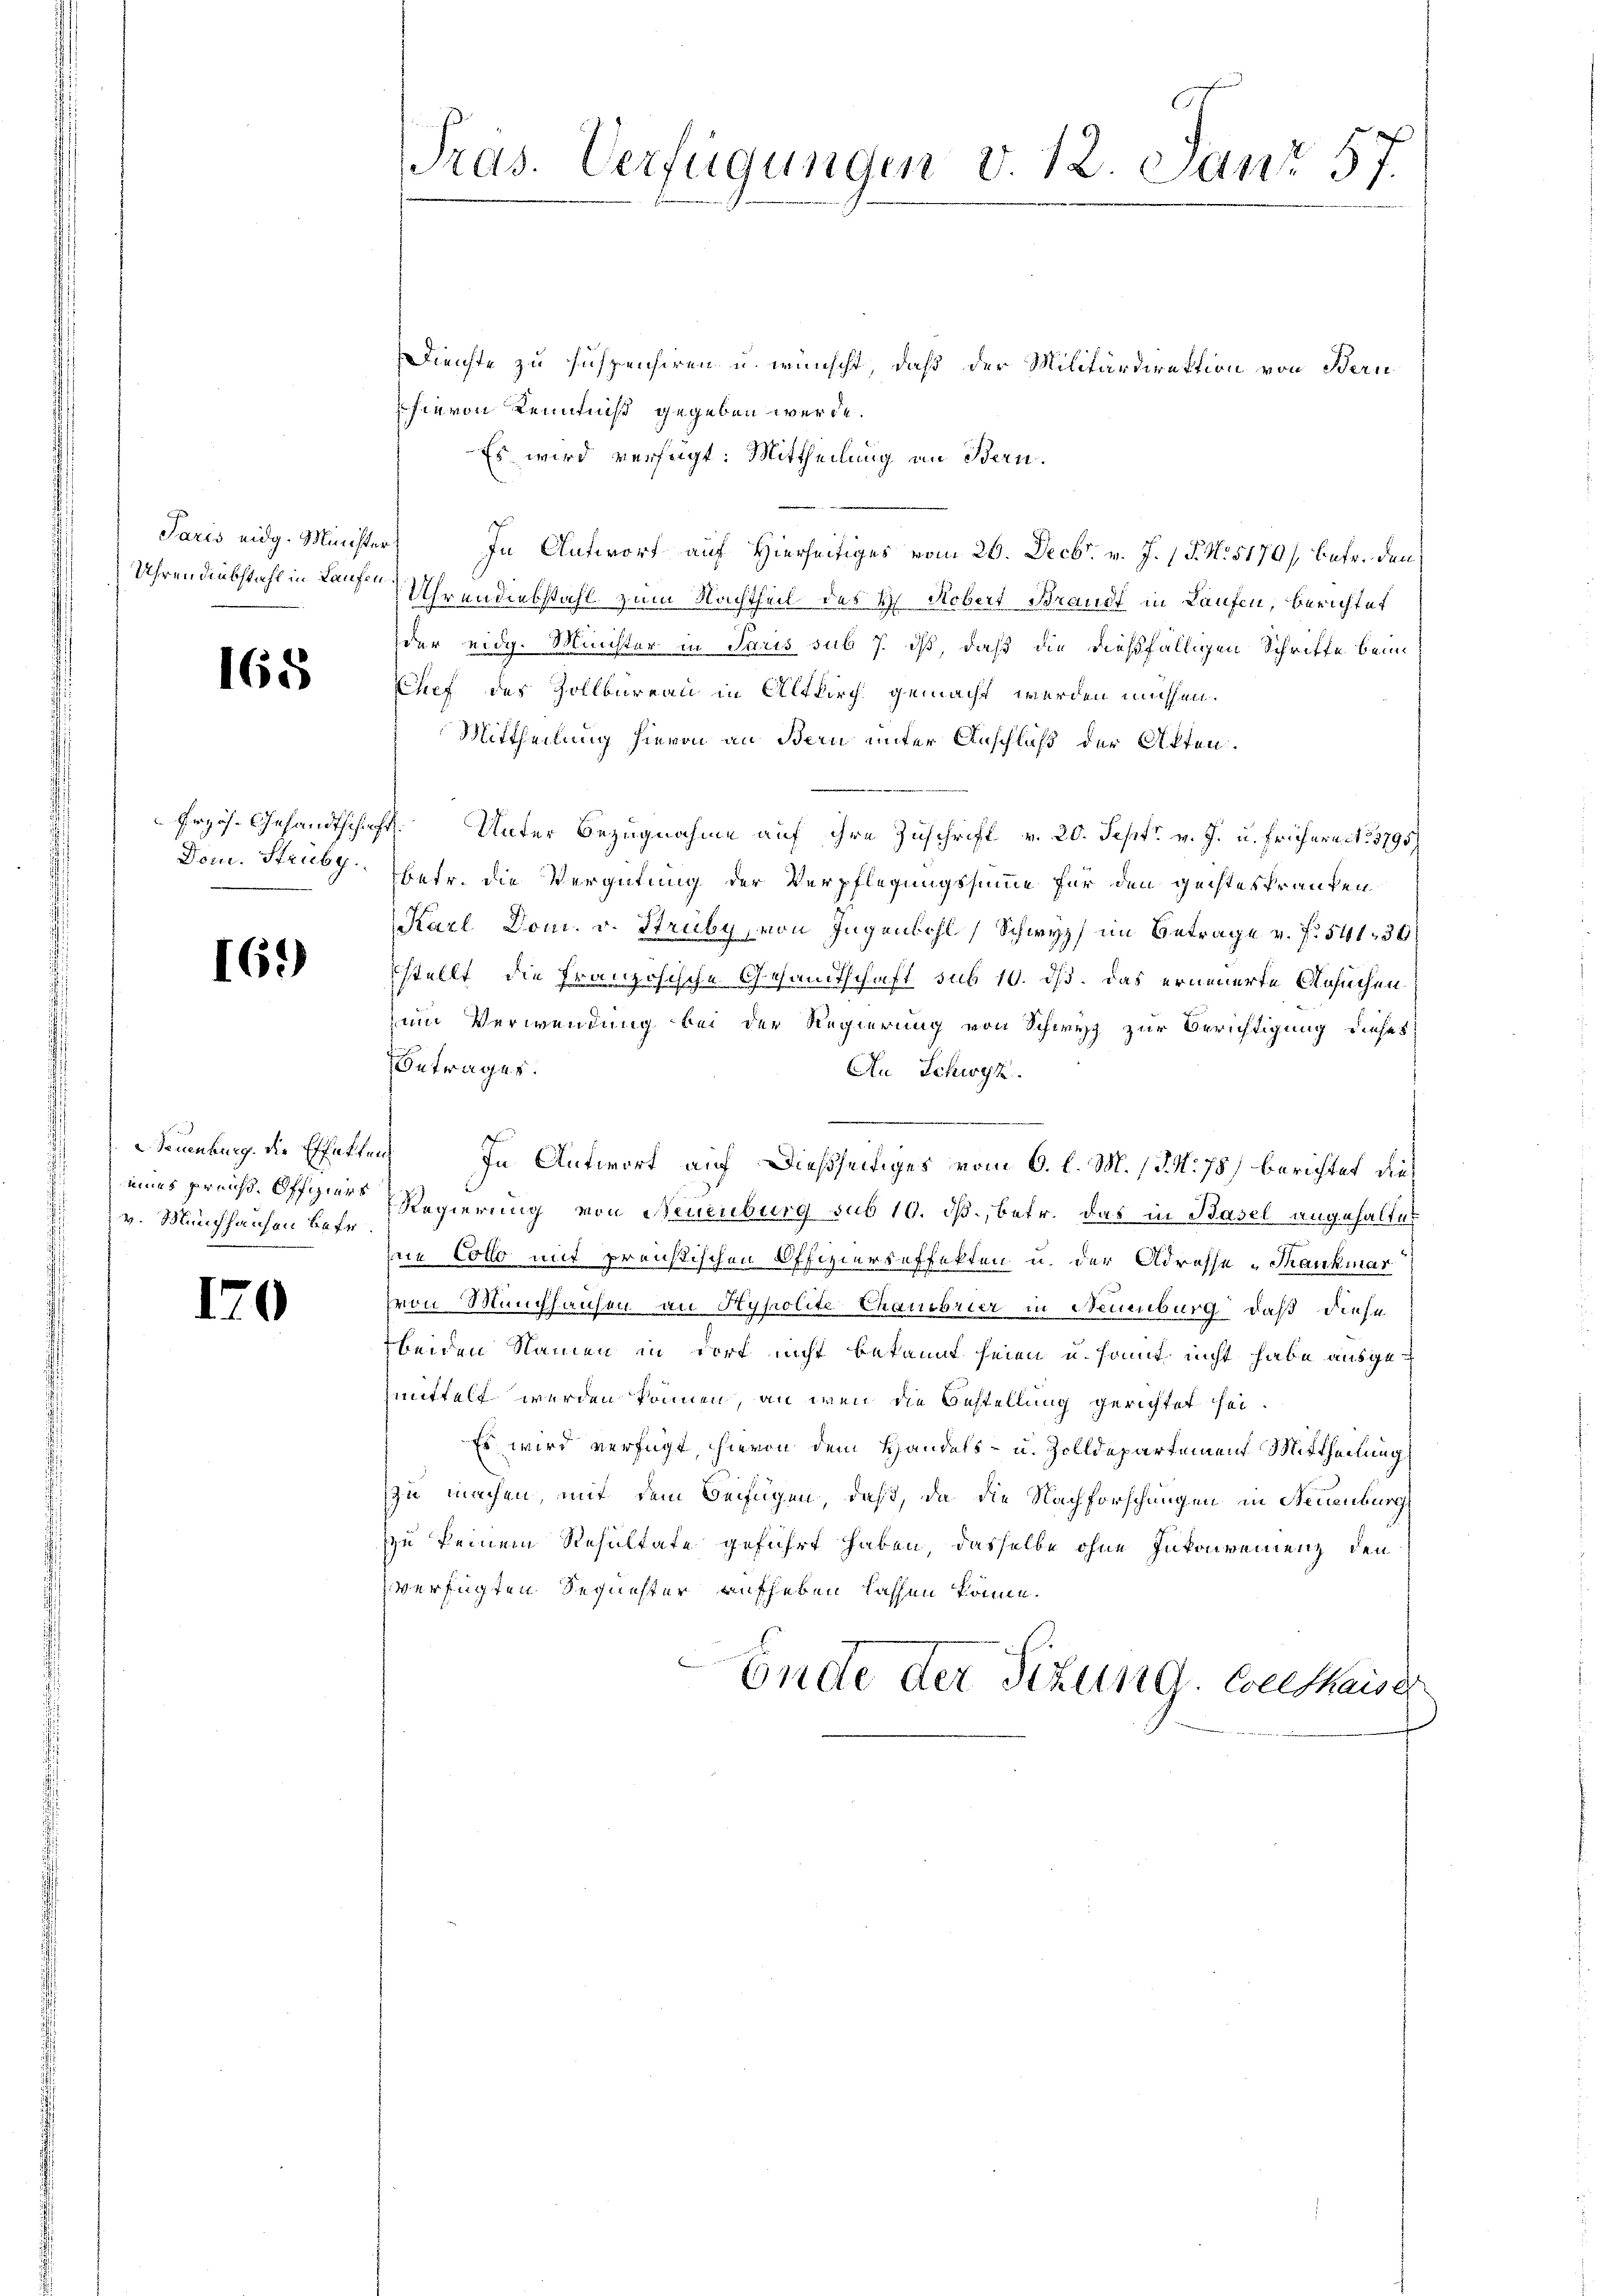
Paris eidg. Ministe
Uhrendiebstahl in Laufen

165

Erzös. Gesandtschen
Dom. Struby.

169)

Seuenburg. Die Effekte
eues preiss. Offiziers
v. Münchhausen befr

170

Präs. Verfügungen v. 12. Janz 57.

Dienste zu suspensiren u. wünscht, daß der Militärdirektion von Bern
hievon Kenntniß gegeben werde.
Es wird verfügt: Mittheilung an Bern.
In Antwort auf Hierseitiges vom 26. Decbr. v. J. 1 P. N. 5170/ betr. den
Uhrendiebstahl zum Nachtheil des H. Robert Brandt in Laufen, berichtet
der eidg. Minister in Saus sub 7. dß daß die dießfälligen Schrifte beim
Chef des Zollbureau in Altkirch gemacht werden müssen.
Mittheilung hievon an Bern unter Anschluß der Akten.
2. Unter Bezugnahme auf ihre Zuschrift v. 20. Sept. v. J. u. frühereit. 3795/
betr. die Vergütung der Verpflegungssumme für den geisteskranken
Karl Dom. v. Struby, von Jugenbohl, Schwyz im Betrage v. f. 541, 36
stellt, die Französische Gesandtschaft sub 10. ds. das erneuerte Ansuchen
zum Verwendung bei der Regierung von Schwyz zur Berichtigung dieses
Betrages.
An Schwyz.
In Antwort auf dießseitiges vom 6. l. M. 13. N. 78) berichtet dies
Regierung von Neuenburg sub 10. ds., betr. das in Basel angehaltet
sein Colle mit preußischen Offizierseffekten u. der Adresse Thankmar
von Münchhausen an Hypolite Chausbrier in Neuenburg, daß diese
beiden Namen in dort nicht bekannt seien und samt nicht habe ausgemittelt werden können, an wenn die Bestellung gerichtet sei.
Es wird verfügt, hievon dem Handels- u. Zolldepartement Mittheilung
zu machen, mit dem Beifügen, daß, da die Nachforschungen in Neuenburg
u keinem Resultate geführt haben, dasselbe ohne Inkonvenienz, den
verfügten Sequester aufheben lassen könne.
Ende der Sitzung. Conthaiser